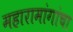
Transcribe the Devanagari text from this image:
महारामांगांचा